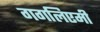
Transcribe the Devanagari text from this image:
गगलिएमी